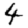
Digit: 4